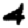
Digit: 4